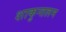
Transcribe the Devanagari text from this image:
शाकुन्तलम